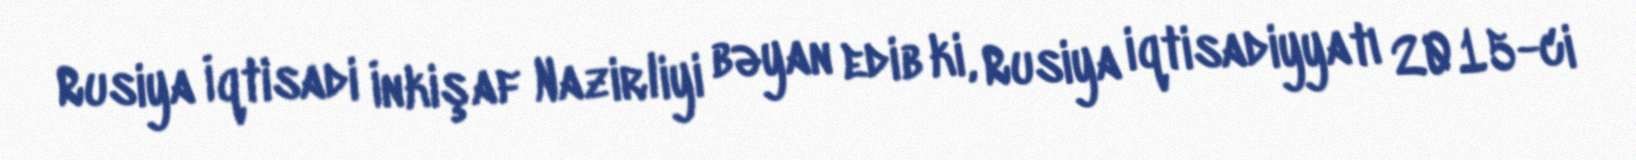
Rusiya İqtisadi İnkişaf Nazirliyi bəyan edib ki, Rusiya iqtisadiyyatı 2015-ci